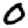
Digit: 0